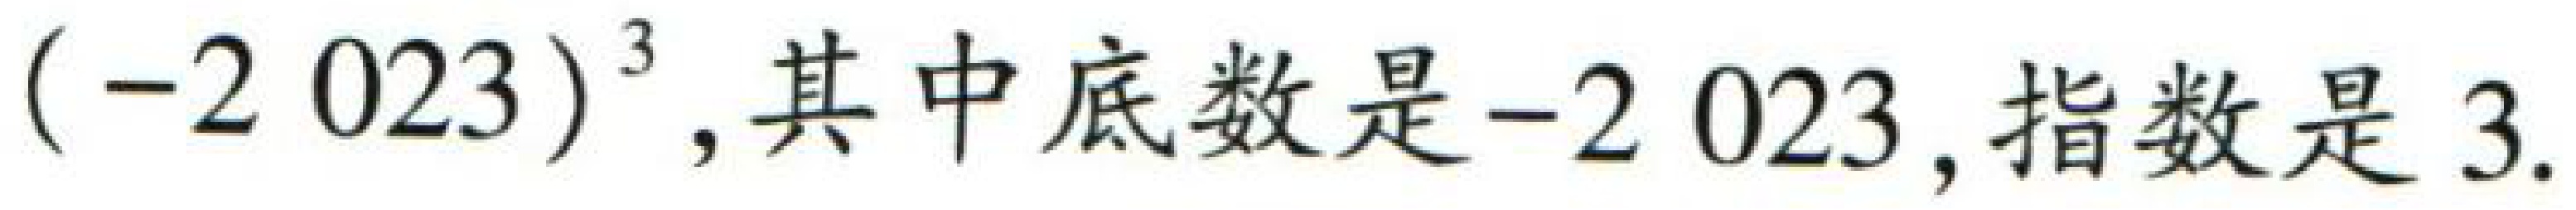
\((-2023)^{3}\),其中底数是\(-2023\),指数是\(3\).